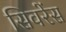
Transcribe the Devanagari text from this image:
सिवरेंस